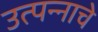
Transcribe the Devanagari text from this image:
उत्‍पन्‍नाचे